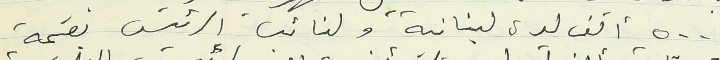
٥٠٠ ألف ليرة لبنانية ولنائب الرئيس بقيمة